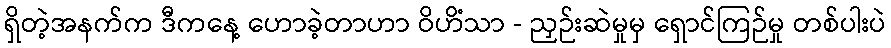
ရှိတဲ့အနက်က ဒီကနေ့ ဟောခဲ့တာဟာ ဝိဟိံသာ - ညှဉ်းဆဲမှုမှ ရှောင်ကြဉ်မှု တစ်ပါးပဲ